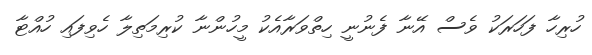
ހުރިހާ ފަހަރަކު ވެސް އޭނާ ފެނުނީ ހިތްވަރާއެކު މީހުންނާ ކުރިމަތިލާ ހެވިފައި ހުއްޓާ